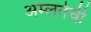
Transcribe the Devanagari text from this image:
अम्लतेची